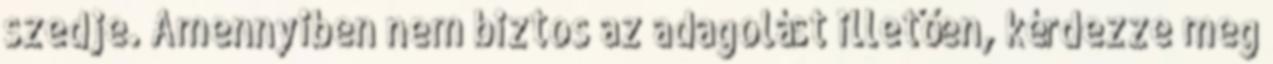
szedje. Amennyiben nem biztos az adagolást illetően, kérdezze meg